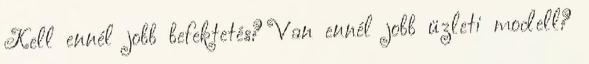
Kell ennél jobb befektetés? Van ennél jobb üzleti modell?